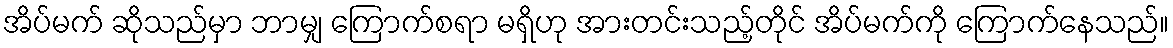
အိပ်မက် ဆိုသည်မှာ ဘာမျှ ကြောက်စရာ မရှိဟု အားတင်းသည့်တိုင် အိပ်မက်ကို ကြောက်နေသည်။